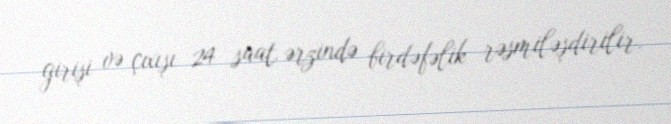
girişi və çıxışı 24 saat ərzində birdəfəlik rəsmiləşdirilir.